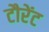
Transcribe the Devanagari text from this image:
टौरेंट